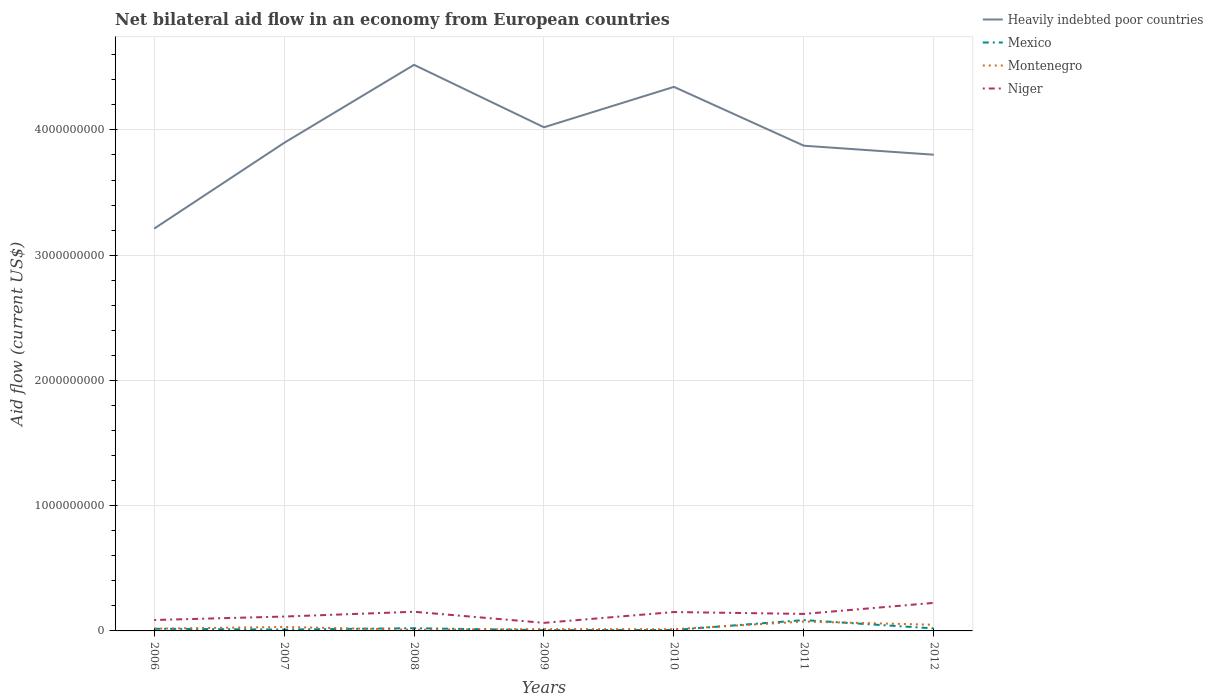
| Years | Heavily indebted poor countries | Mexico | Montenegro | Niger |
 | --- | --- | --- | --- | --- |
 | 2006 | 3.21e+09 | 1.73e+07 | 1.81e+07 | 8.72e+07 |
 | 2007 | 3.9e+09 | 1.09e+07 | 3.16e+07 | 1.15e+08 |
 | 2008 | 4.52e+09 | 2.17e+07 | 9.5e+06 | 1.53e+08 |
 | 2009 | 4.02e+09 | 6.08e+06 | 1.5e+07 | 6.44e+07 |
 | 2010 | 4.34e+09 | 7.51e+06 | 1.37e+07 | 1.51e+08 |
 | 2011 | 3.87e+09 | 8.64e+07 | 7.47e+07 | 1.36e+08 |
 | 2012 | 3.8e+09 | 2.01e+07 | 4.91e+07 | 2.24e+08 |